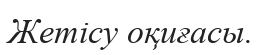
Жетісу оқиғасы.